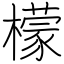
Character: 檬